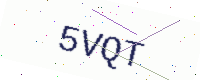
Text: 5VQT